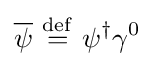
{\overline {\psi }}\ {\stackrel {\mathrm {def} }{=}}\ \psi ^{\dagger }\gamma ^{0}